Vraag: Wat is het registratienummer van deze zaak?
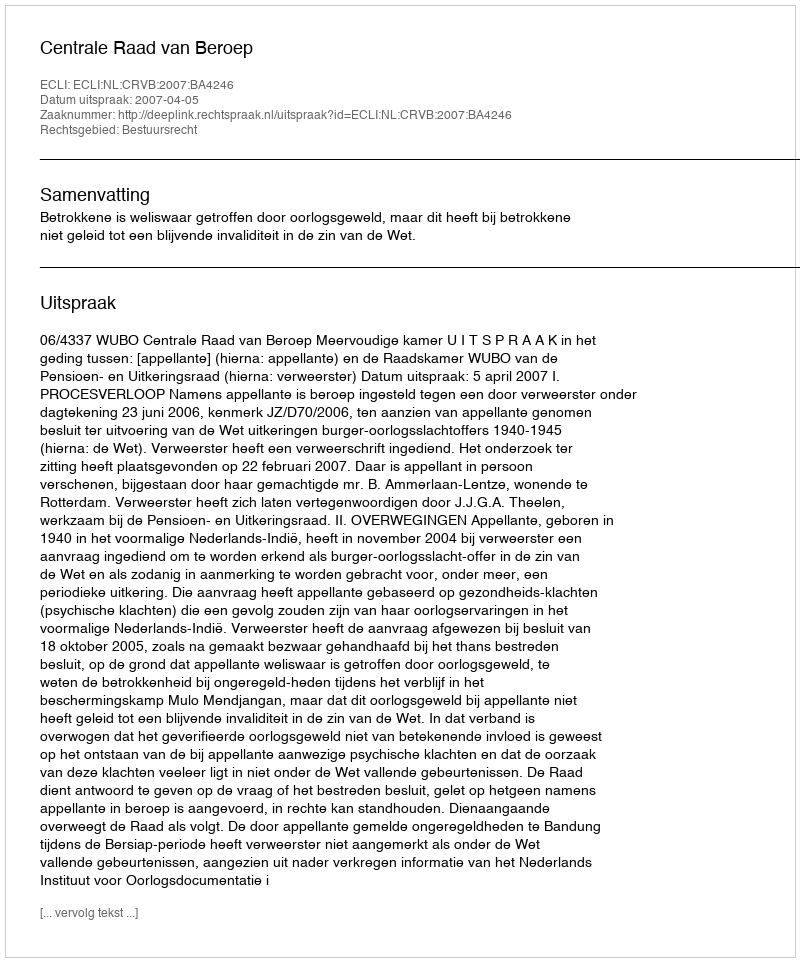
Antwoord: http://deeplink.rechtspraak.nl/uitspraak?id=ECLI:NL:CRVB:2007:BA4246